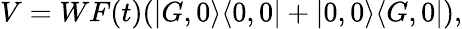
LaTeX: V=WF(t)(|G,0\rangle\langle 0,0|+|0,0\rangle\langle G,0|),